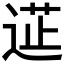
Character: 𮞟